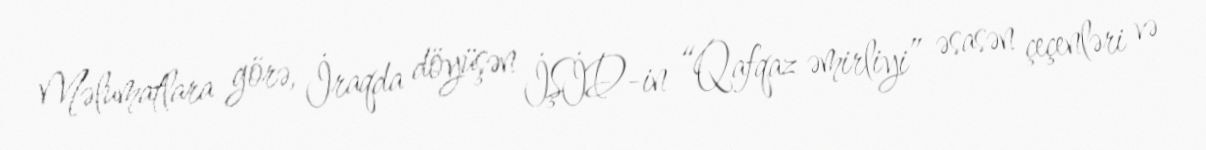
Məlumatlara görə, İraqda döyüşən İŞİD-in “Qafqaz əmirliyi” əsasən çeçenləri və